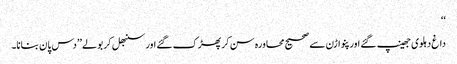
‘‘
داغ دہلوی جھینپ گئے اور پنواڑن سے صحیح محاورہ سن کر پھڑک گئے اور سنبھل کر بولے ’’دس پان بنانا۔